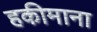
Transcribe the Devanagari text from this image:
हकीमाना